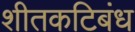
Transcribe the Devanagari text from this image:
शीतकटिबंध